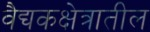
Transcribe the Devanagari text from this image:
वैद्यकक्षेत्रातील